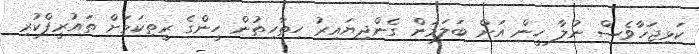
ކަޅިޖަހާވެސް ނުލާ ހީން އަށް ބަލަމުން ގެންދިޔައިރު ހިތާހިތުން ހީންގެ ރީތިކަމަށް ތައުރީފްކުރި